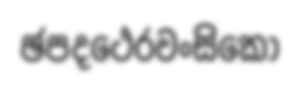
ඡපදථෙරවංසිකො